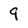
Character: 9